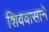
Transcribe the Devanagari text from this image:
शिववासाने